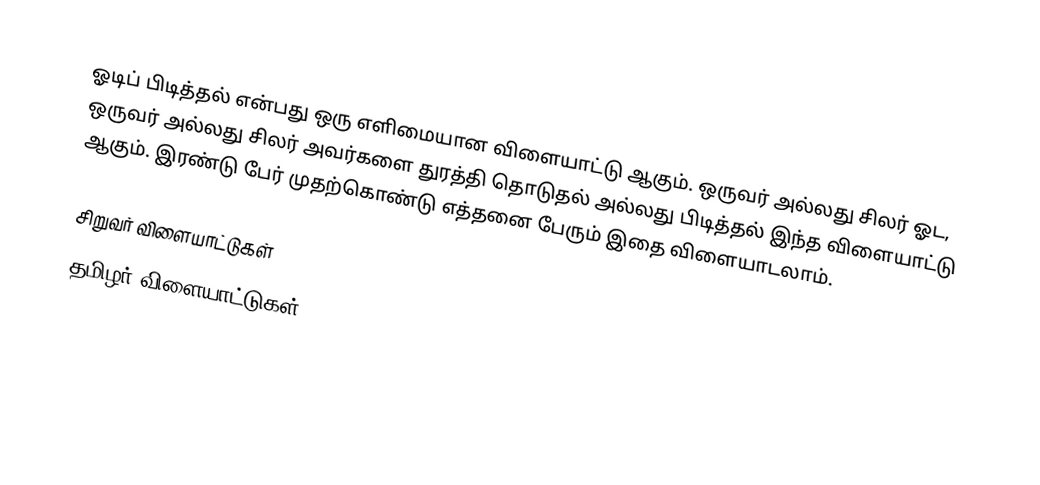
ஓடிப் பிடித்தல் என்பது ஒரு எளிமையான விளையாட்டு ஆகும். ஒருவர் அல்லது சிலர் ஓட, ஒருவர் அல்லது சிலர் அவர்களை துரத்தி தொடுதல் அல்லது பிடித்தல் இந்த விளையாட்டு ஆகும். இரண்டு பேர் முதற்கொண்டு எத்தனை பேரும் இதை விளையாடலாம்.

சிறுவர் விளையாட்டுகள்
தமிழர் விளையாட்டுகள்